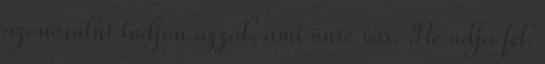
azonosulni tudjon azzal, ami önre vár. Ne adja fel.